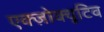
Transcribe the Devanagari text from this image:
एक्ज़ोक्यूटिव